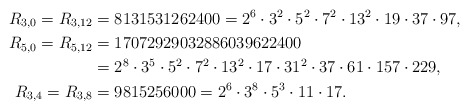
\begin{align*} R_{3,0} = R_{3,12} & = 8131531262400 = 2^6 \cdot 3^2 \cdot 5^2 \cdot 7^2 \cdot 13^2 \cdot 19 \cdot 37 \cdot 97, \\R_{5,0} = R_{5,12} & = 17072929032886039622400 \\ & = 2^8 \cdot 3^5 \cdot 5^2 \cdot 7^2 \cdot 13^2 \cdot 17 \cdot 31^2 \cdot 37 \cdot 61 \cdot 157 \cdot 229, \\R_{3,4} = R_{3,8} & = 9815256000 = 2^6 \cdot 3^8 \cdot 5^3 \cdot 11 \cdot 17. \end{align*}